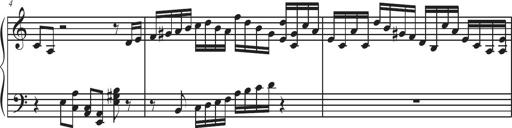
Title: Sonatina Espania
Composer: Jerald Franklin Archer
Key: Various